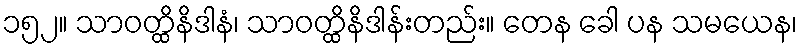
၁၅၂။ သာဝတ္ထိနိဒါနံ၊ သာဝတ္ထိနိဒါန်းတည်း။ တေန ခေါ ပန သမယေန၊